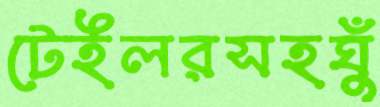
টেইলরসহঘুঁ